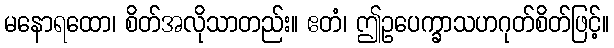
မနောရထော၊ စိတ်အလိုသာတည်း။ ဧတံ၊ ဤဥပေက္ခာသဟဂုတ်စိတ်ဖြင့်။